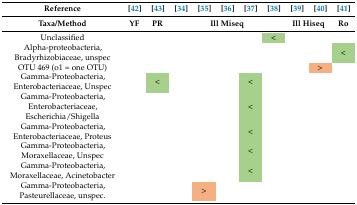
| Reference | [42] | [43] | [34] | [35] | [36] | [37] | [38] | [39] | [40] | [41] |
 | Taxa/Method | YF | PR | <COLSPAN=5> Ill Miseq | <COLSPAN=2> Ill Hiseq | Ro |
 | --- | --- | --- | --- | --- | --- | --- | --- | --- | --- | --- |
 | Unclassified |  |  |  |  |  |  | < |  |  |  |
 | Alpha-proteobacteria, Bradyrhizobiaceae, unspec |  |  |  |  |  |  |  |  |  | < |
 | OTU 469 (o1 = one OTU) |  |  |  |  |  |  |  |  | > |  |
 | Gamma-Proteobacteria, Enterobacteriaceae, Unspec |  | < |  |  |  | < |  |  |  |  |
 | Gamma-Proteobacteria, Enterobacteriaceae, Escherichia/Shigella |  |  |  |  |  | < |  |  |  |  |
 | Gamma-Proteobacteria, Enterobacteriaceae, Proteus |  |  |  |  |  | < |  |  |  |  |
 | Gamma-Proteobacteria, Moraxellaceae, Unspec |  |  |  |  |  | < |  |  |  |  |
 | Gamma-Proteobacteria, Moraxellaceae, Acinetobacter |  |  |  |  |  | < |  |  |  |  |
 | Gamma-Proteobacteria, Pasteurellaceae, unspec. |  |  |  | > |  |  |  |  |  |  |